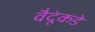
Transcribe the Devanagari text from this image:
वैदूंकडे